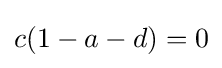
c(1-a-d)=0